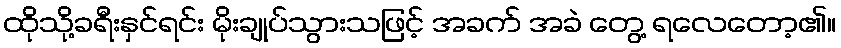
ထိုသို့ခရီးနှင်ရင်း မိုးချုပ်သွားသဖြင့် အခက် အခဲ တွေ့ ရလေတော့၏။